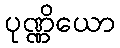
ပုဏ္ဏိယော